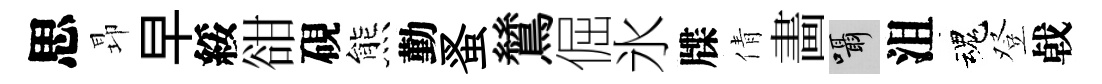
思昻早綏𧮳硯熊勤蚤鷥倔氷牒倩畵囁沮魂登㦸